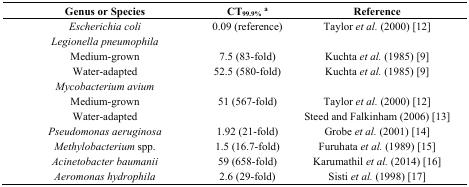
<table><thead><tr><td><b>Genus or Species</b></td><td><b>CT<sub>99.9%</sub><sup>a</sup></b></td><td><b>Reference</b></td></tr></thead><tbody><tr><td><i>Escherichia coli</i></td><td>0.09 (reference)</td><td>Taylor <i>et al.</i> (2000) [12]</td></tr><tr><td><i>Legionella pneumophila</i></td><td></td><td></td></tr><tr><td>Medium-grown</td><td>7.5 (83-fold)</td><td>Kuchta <i>et al.</i> (1985) [9]</td></tr><tr><td>Water-adapted</td><td>52.5 (580-fold)</td><td>Kuchta <i>et al.</i> (1985) [9]</td></tr><tr><td><i>Mycobacterium avium</i></td><td></td><td></td></tr><tr><td>Medium-grown</td><td>51 (567-fold)</td><td>Taylor <i>et al.</i> (2000) [12]</td></tr><tr><td>Water-adapted</td><td></td><td>Steed and Falkinham (2006) [13]</td></tr><tr><td><i>Pseudomonas aeruginosa</i></td><td>1.92 (21-fold)</td><td>Grobe <i>et al.</i> (2001) [14]</td></tr><tr><td><i>Methylobacterium</i> spp.</td><td>1.5 (16.7-fold)</td><td>Furuhata <i>et al.</i> (1989) [15]</td></tr><tr><td><i>Acinetobacter baumanii</i></td><td>59 (658-fold)</td><td>Karumathil <i>et al.</i> (2014) [16]</td></tr><tr><td><i>Aeromonas hydrophila</i></td><td>2.6 (29-fold)</td><td>Sisti <i>et al.</i> (1998) [17]</td></tr></tbody></table>